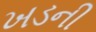
ખડની